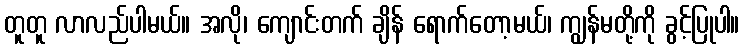
တူတူ လာလည်ပါမယ်။ အလို၊ ကျောင်းတက် ချိန် ရောက်တော့မယ်၊ ကျွန်မတို့ကို ခွင့်ပြုပါ။